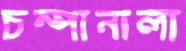
চম্পানালা